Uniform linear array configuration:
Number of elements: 48
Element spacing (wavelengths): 0.5
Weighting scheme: exponential
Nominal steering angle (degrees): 0
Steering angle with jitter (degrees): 0.335
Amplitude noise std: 0.05
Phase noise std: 0.05

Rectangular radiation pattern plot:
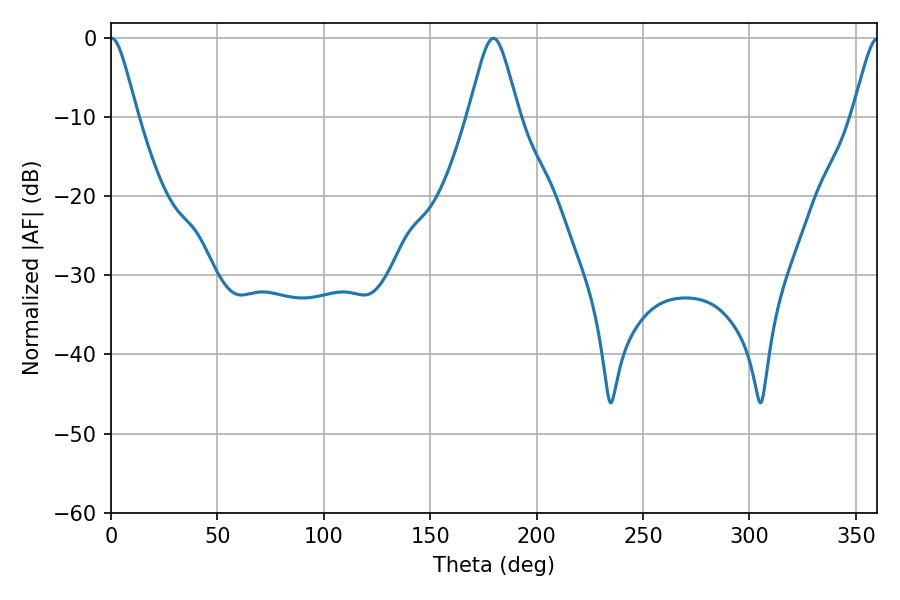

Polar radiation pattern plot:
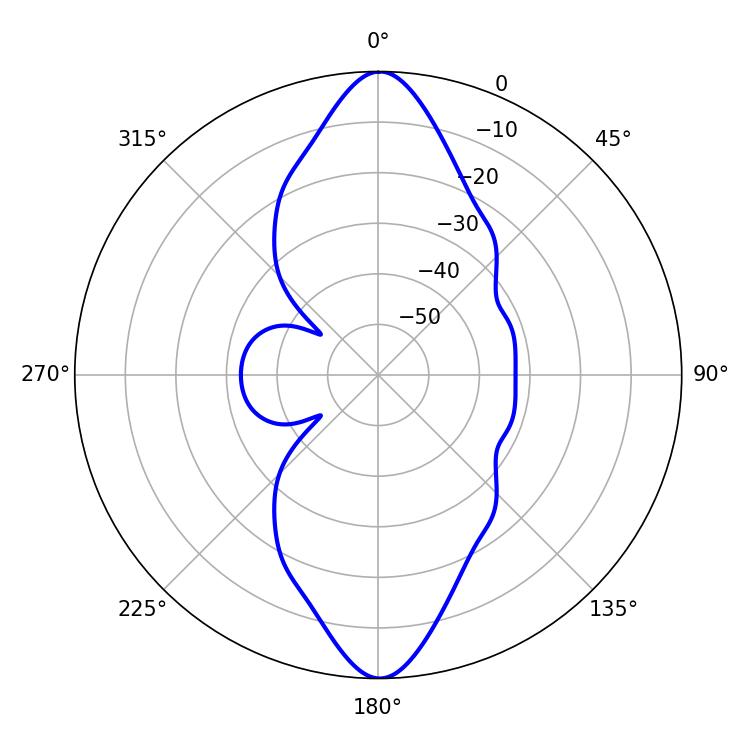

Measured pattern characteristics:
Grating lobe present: FALSE
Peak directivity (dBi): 30.041
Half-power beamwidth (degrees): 6.12
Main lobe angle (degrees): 0.36